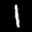
Label: 1